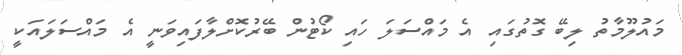
މައުލޫމާތު ލިބޭ ގޮތުގައި އެ މައްސަލަ ހައި ކޯޓުން ބޭރުކޮށްލާފައިވަނީ އެ މައްސަލައަކީ